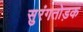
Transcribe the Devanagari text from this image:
सुरंगतोड़क